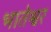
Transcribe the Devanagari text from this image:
भातेश्वर